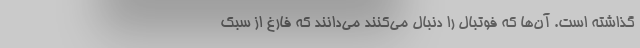
گذاشته است. آن‌ها که فوتبال را دنبال می‌کنند می‌دانند که فارغ از سبک